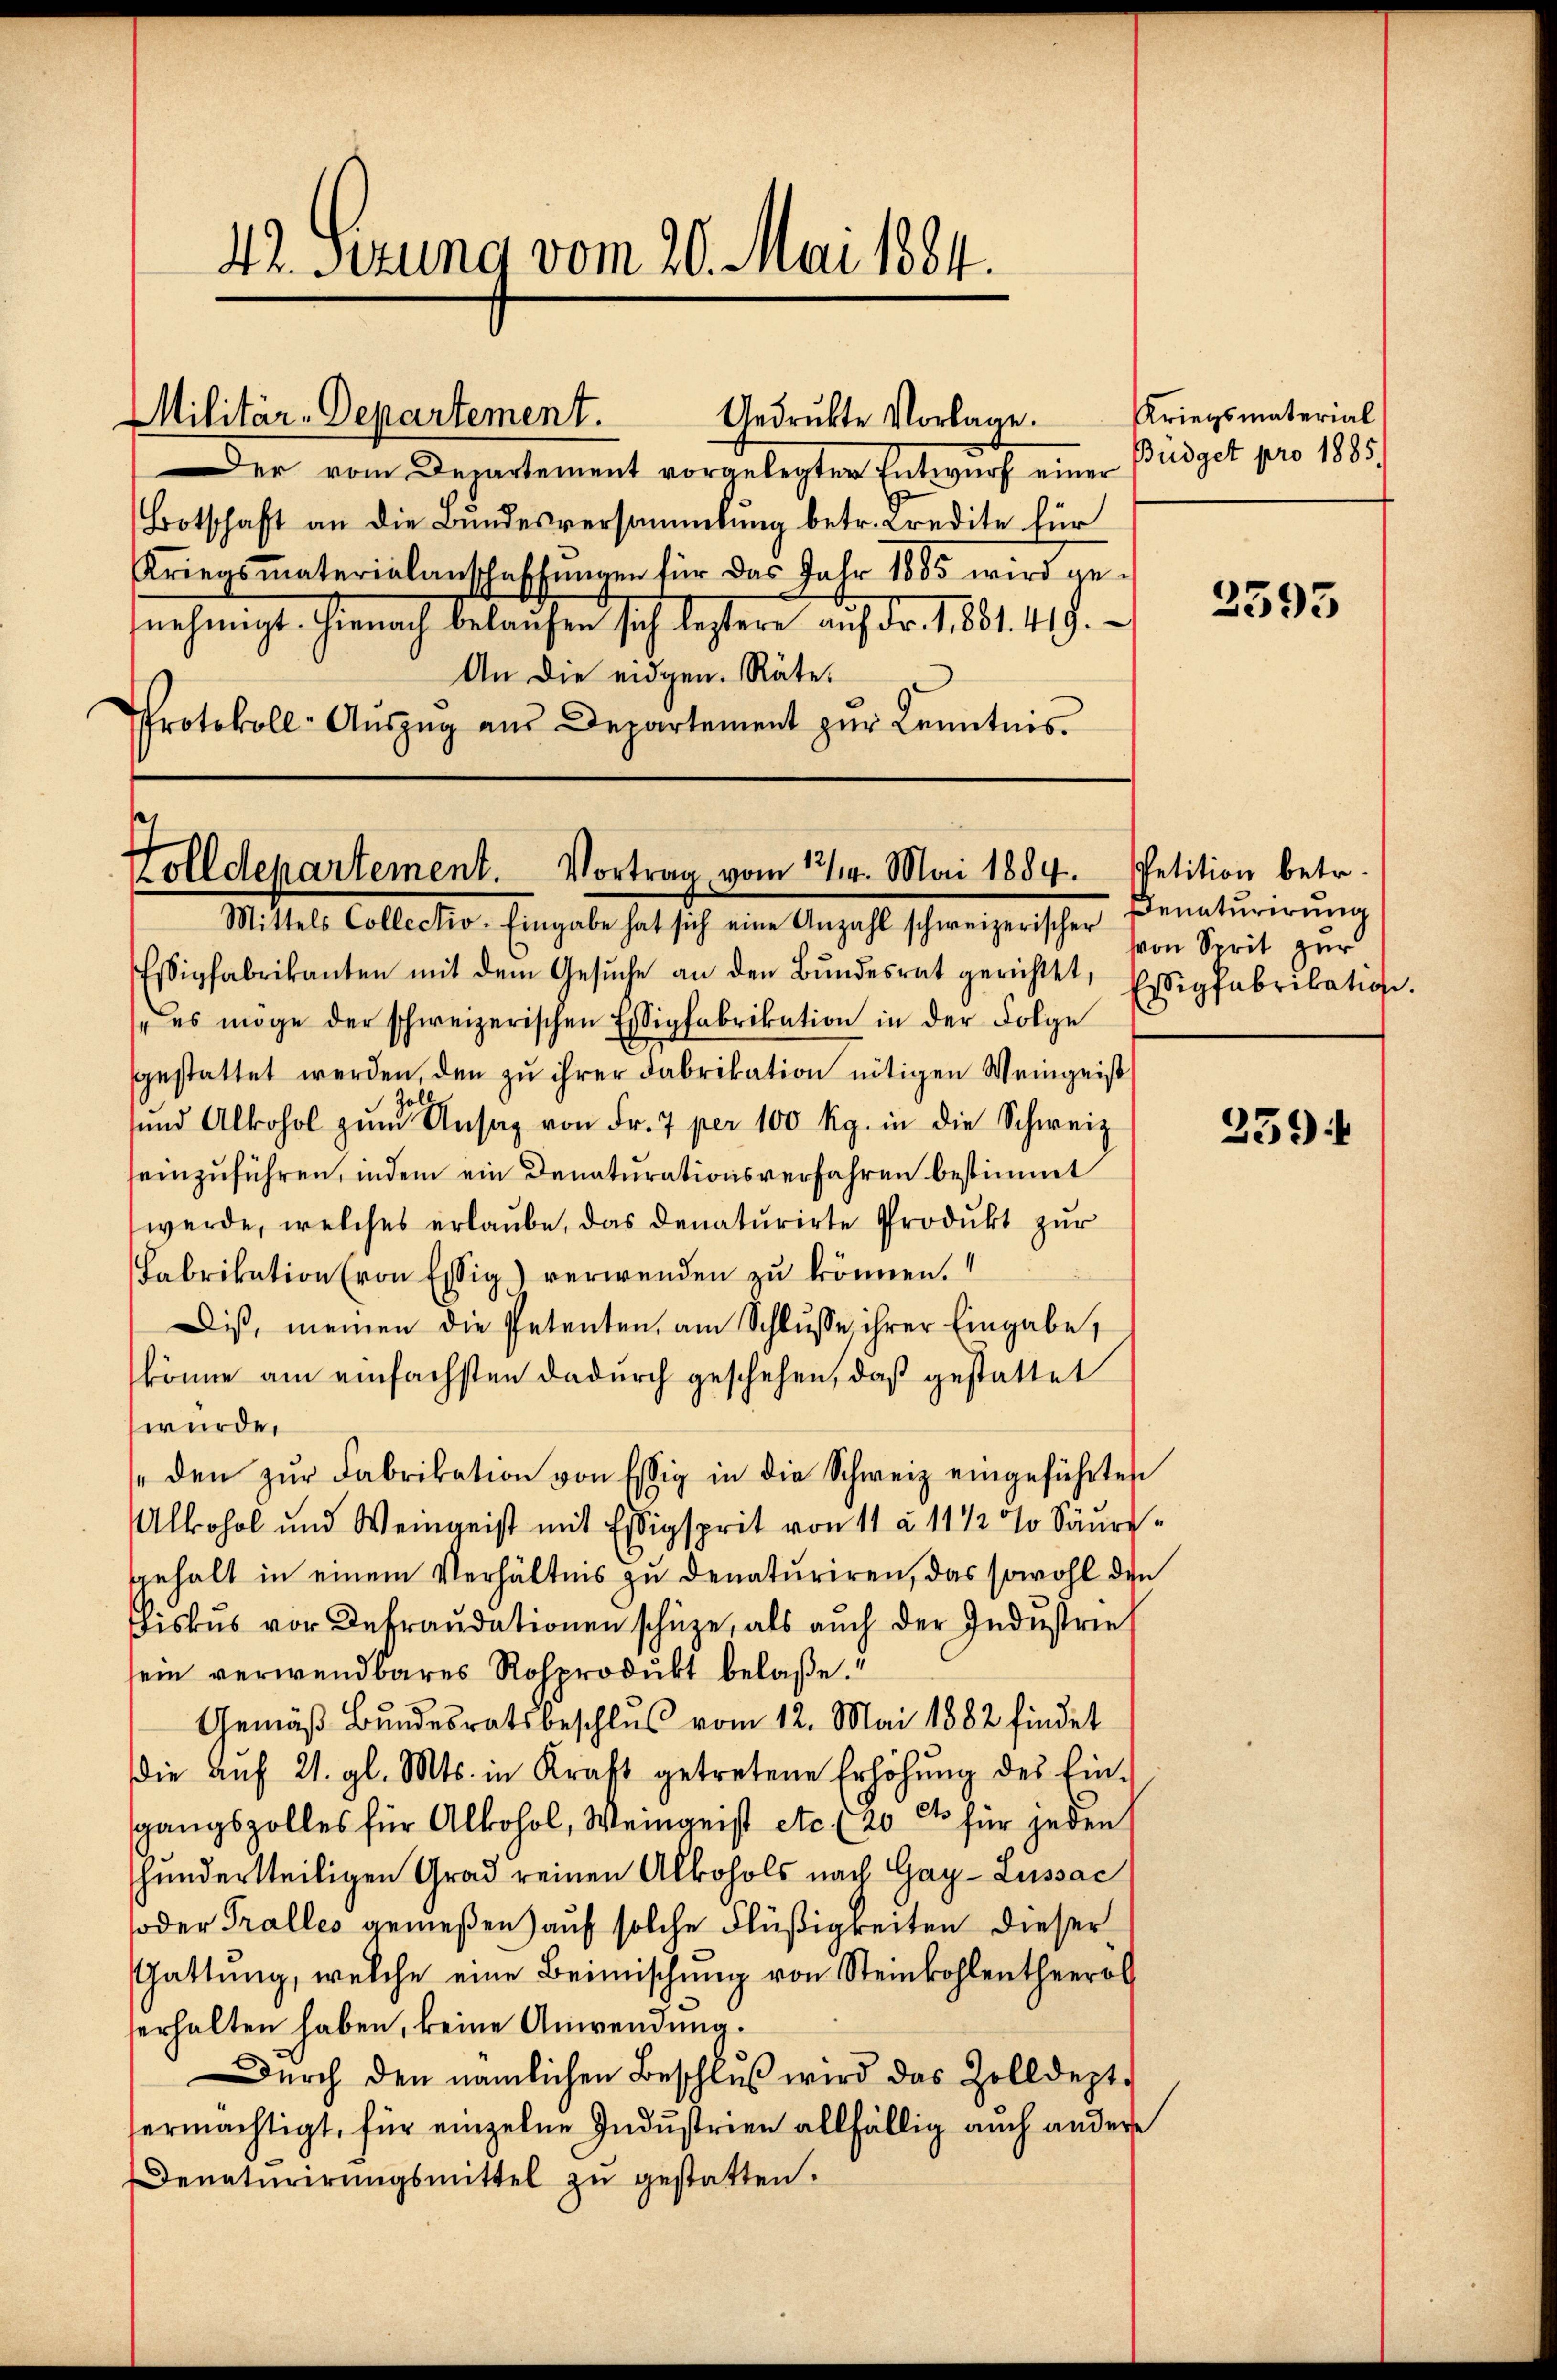
42. Sezung vom 20. Mai 1884.

Militär-Departement.

Gedrükte Vorlage.

er vom Departement vorgelegter Entwurf einer Budget pro 1885.
Botschaft an die Bundesversammlung betr. Credite für
Kriegsmaterialanschaffŭngen für das Jahr 1885 wird ge-
snehmigt. Hienach belaufen sich leztere auf Fr. 1861. 419.
An die eidgen. Räte.
Protokoll-Aŭszŭg aŭs Departement zŭr Kenntnis-

Golldepartement. Vortrag vom 14. Mai 1884. Petition betr.

Kriegsmaterial

Mittels Collector. Eingaben hat sich eine Anzahl schweizerischer Beraturierung
Essigfabrikanten mit dem Gesŭche an den Bŭndesrat gerichtet, Essigfabrikation.
 es möge der schweizerischen Essigfabrikation in der Folge
gestattet werden, den zu ihrer Fabrikation nötigen Weingeist
Zoll
und Alkohol zŭm Ansag von Fr. 7 per 100 Kg. in die Schweiz
einzuführen, indem ein Denaturationsverfahren bestimmt
werde, welches erlaube, das denaturirte Produkt zur
Fabrikation (von Essig) verwenden zu können.
Dis, meinen die Petenten, am Schlusse ihrer Eingabe,
könne am einfachsten dadurch geschehen, daß gestattet
wurde.
den zŭr Fabrikation von Essig in die Schweiz eingeführten
Alkohol und Weingeist mit Essigsprit von 11 à 11 1/2 % Säure¬
Gehalt in einem Verhältnis zu denaturiren, das sowohl den
Fiskus vor Defraudationen schüze, als auch der Industrief
sein verwendbares Rosprodukt belaße.
Gemäß Bundesratsbeschlus vom 12. Mai 1882 findet
die Aŭf 21. gl. Mts. in Kraft getretene Erhöhŭng des Ein-
sgangszolles für Alkohol, Weingeist etc. (20 ct für jeden
hunderteiligen Grad reinen Alkohols nach Gay-Lussac
oder Tralles gemeßen) auf solche Flüßigkeiten dieser
Gattung, welche eine Beimischung von Steinkohlentheerol
erhalten haben, keine Anwendung.
Dŭrch den nämlichen Beschlŭβ wird das Zolldept.
ermächtigt, für einzelne Industrien allfällig auch andere
Denaturirŭngsmittel zŭ gestatten.

2393

von Sprit zur

259